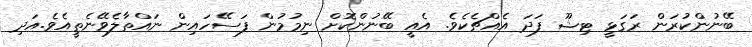
ބޭނުންކުރަން ރަގަޅީ ޓިޝޫ ފަދަ އެއްޗެކެވެ. އެއީ ބޭނުންކޮށް ނިމުމުން ފަސޭހައިން ނައްތާލެވޭނެތީއެވެ.އަދި